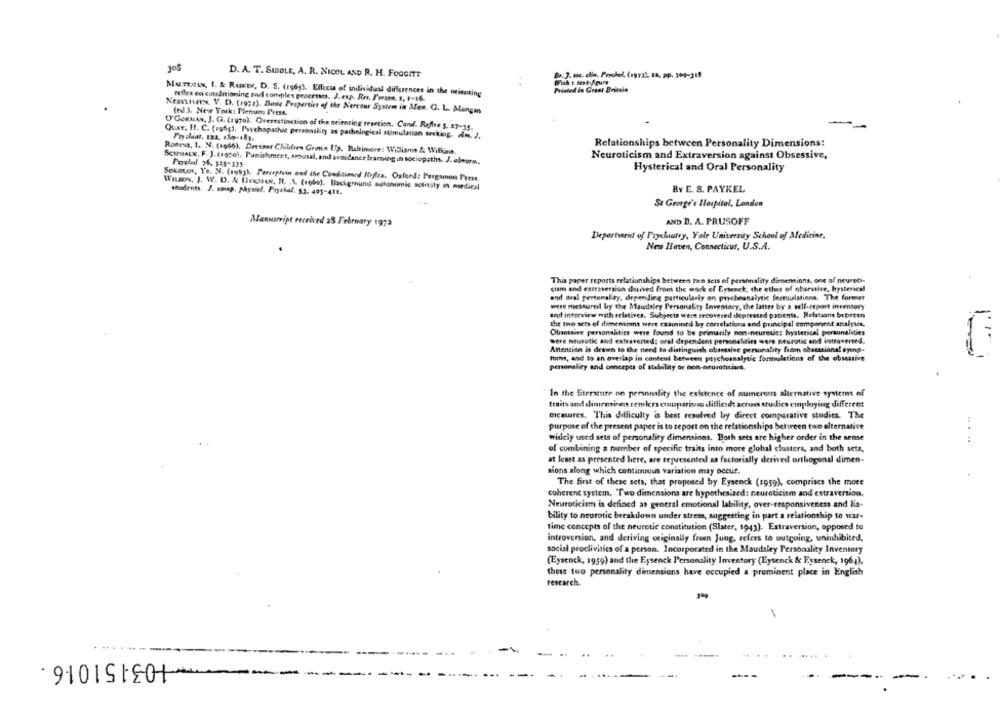
D. A. T. SIDOLE, A. R. NICOL AND R. H. FoCOMTT
Br. 3. mc. elin, Prychel. (egzal. 18, pp. 304-318
MuTata, I. & RAKT, D. S. (rg6y). Effects of individual differences in the orienting
felles en conditioning and conples processes. J. esp. Res. Feras. E, f-16.
Ktoviene. V. D. (roza). Dave Properties of the Nercows System in Afen. G. L. Mangan
(ed.). New York: Plenum Press.
O'GORMAN, J. G. (rgTo), Overextinction of the orienting reaction. Cand. Roffen $, 27-15.
QUAT, 11. C. (ro6g), Psychopathic personality as pathological stimulation seeking, Am. J.
Poddat, 133, 150-181.
Relationships between Personality Dimensions:
Romasa, 1 .. N. (1066). Dreinet Children Goonn Up. Baltimore: Williams & Wilkins.
Neuroticism and Extraversion against Obsessive,
SCHMALE, F. J. (1930), Punishment, seousal, and avoidance framing in sociopaths. J.elmora.
Prychal. 76. 345-335.
Hysterical and Oral Personality
SOKOLOV, Ye. N. (robyh. Perception and the Commitinrd Nrffea. Oxford: Pergamon Press,
WILSON, J. W. D. & Dvdssur, IL .A. (robe], Background autonomie activity in medical
shadents. J. conap. physiel. Prychal. 53. 405-411.
BY E. S. PAYKEL
St George's Hospital, London
Mannurvint received 28 February 1972
AND D. A. PRUSOFF
Department of Prychiatry, Yale University School of Medicine,
New Haven, Connecticut, U.S.A.
This paper reports relationships between ton sets of personality dimensions, one of neureti-
ciam and extraversion derived from the work of Eysenck, the other of obarstive, hysterical
and oral personality, depending particularly on psychoanalytic formulatinna The former
were mesureil by the Maidsley Personality Inventory, the latter by a self-report inventory
and interview with relatives. Subjects were recovered depressed patients. Relations brbirten
the two sets of dimensions wert examined by correlationa and principal component analysis,
Obsessive personalities were found to be primarily non-neuretie: hysterical personalities
were neurotic and extraverted: oral dependent personalities were neurotic and introverted.
Attention is drawn to the need to distinguish obsessive personality from obsessional symp-
toma, and to an overlap in content between psychoanalytic formulations of the obunive
personality and concepts of stability or non-neuroticiart.
In the literature on personality the existence of numerous alternative systems of
traits and dimeminns temlers ensusparisou difficult across studies employing different
measures. This difficulty is best resolved by direct comparative studies. The
purpose of the present paper is to report on the relationships between two alternative
widely used sets of personality dimensions. Both sets are higher order in the sense
of combining a number of specific traits into more global clusters, and both sets,
at least as presented here, are represented as factorially derived orthogonal dimen-
tions along which contimnous variation may occur.
The first of these sets, that proposed by Eysenck (1959), comprises the more
coherent system. "Two dimensions are hypothesized: neuroticism and estraversion.
Neuroticism is defined as general emotional lability, over-responsiveness and lia-
bility to neurotic breakdown under stress, suggesting in part a relationship to war-
time concepts of the neurotic constitution (Slater, 1943). Extraversion, opposed to
introversion, and deriving originally freen Jung, refers to outgoing, uninhibited,
social proclivities of a person. Incorporated in the Maudsley Personality Inventory
(Eysenck, 1959) and the Eysenck Personality Inventory (Eysenck & Eysenck, 1964).
these two personality dimensions have occupied a prominent place in English
research.
910110